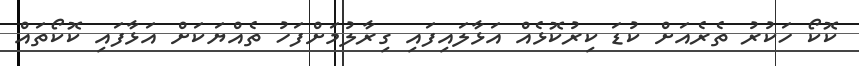
ކޮކޯ ހަކުރު ތެރެއަށް ކުޑަ ކިރުކޮޅެއް އަޅާލައިފައި ގިރާލުމަށްފަހު ތެއްޔަކަށް އަޅާފައި ކޮކޯތައް